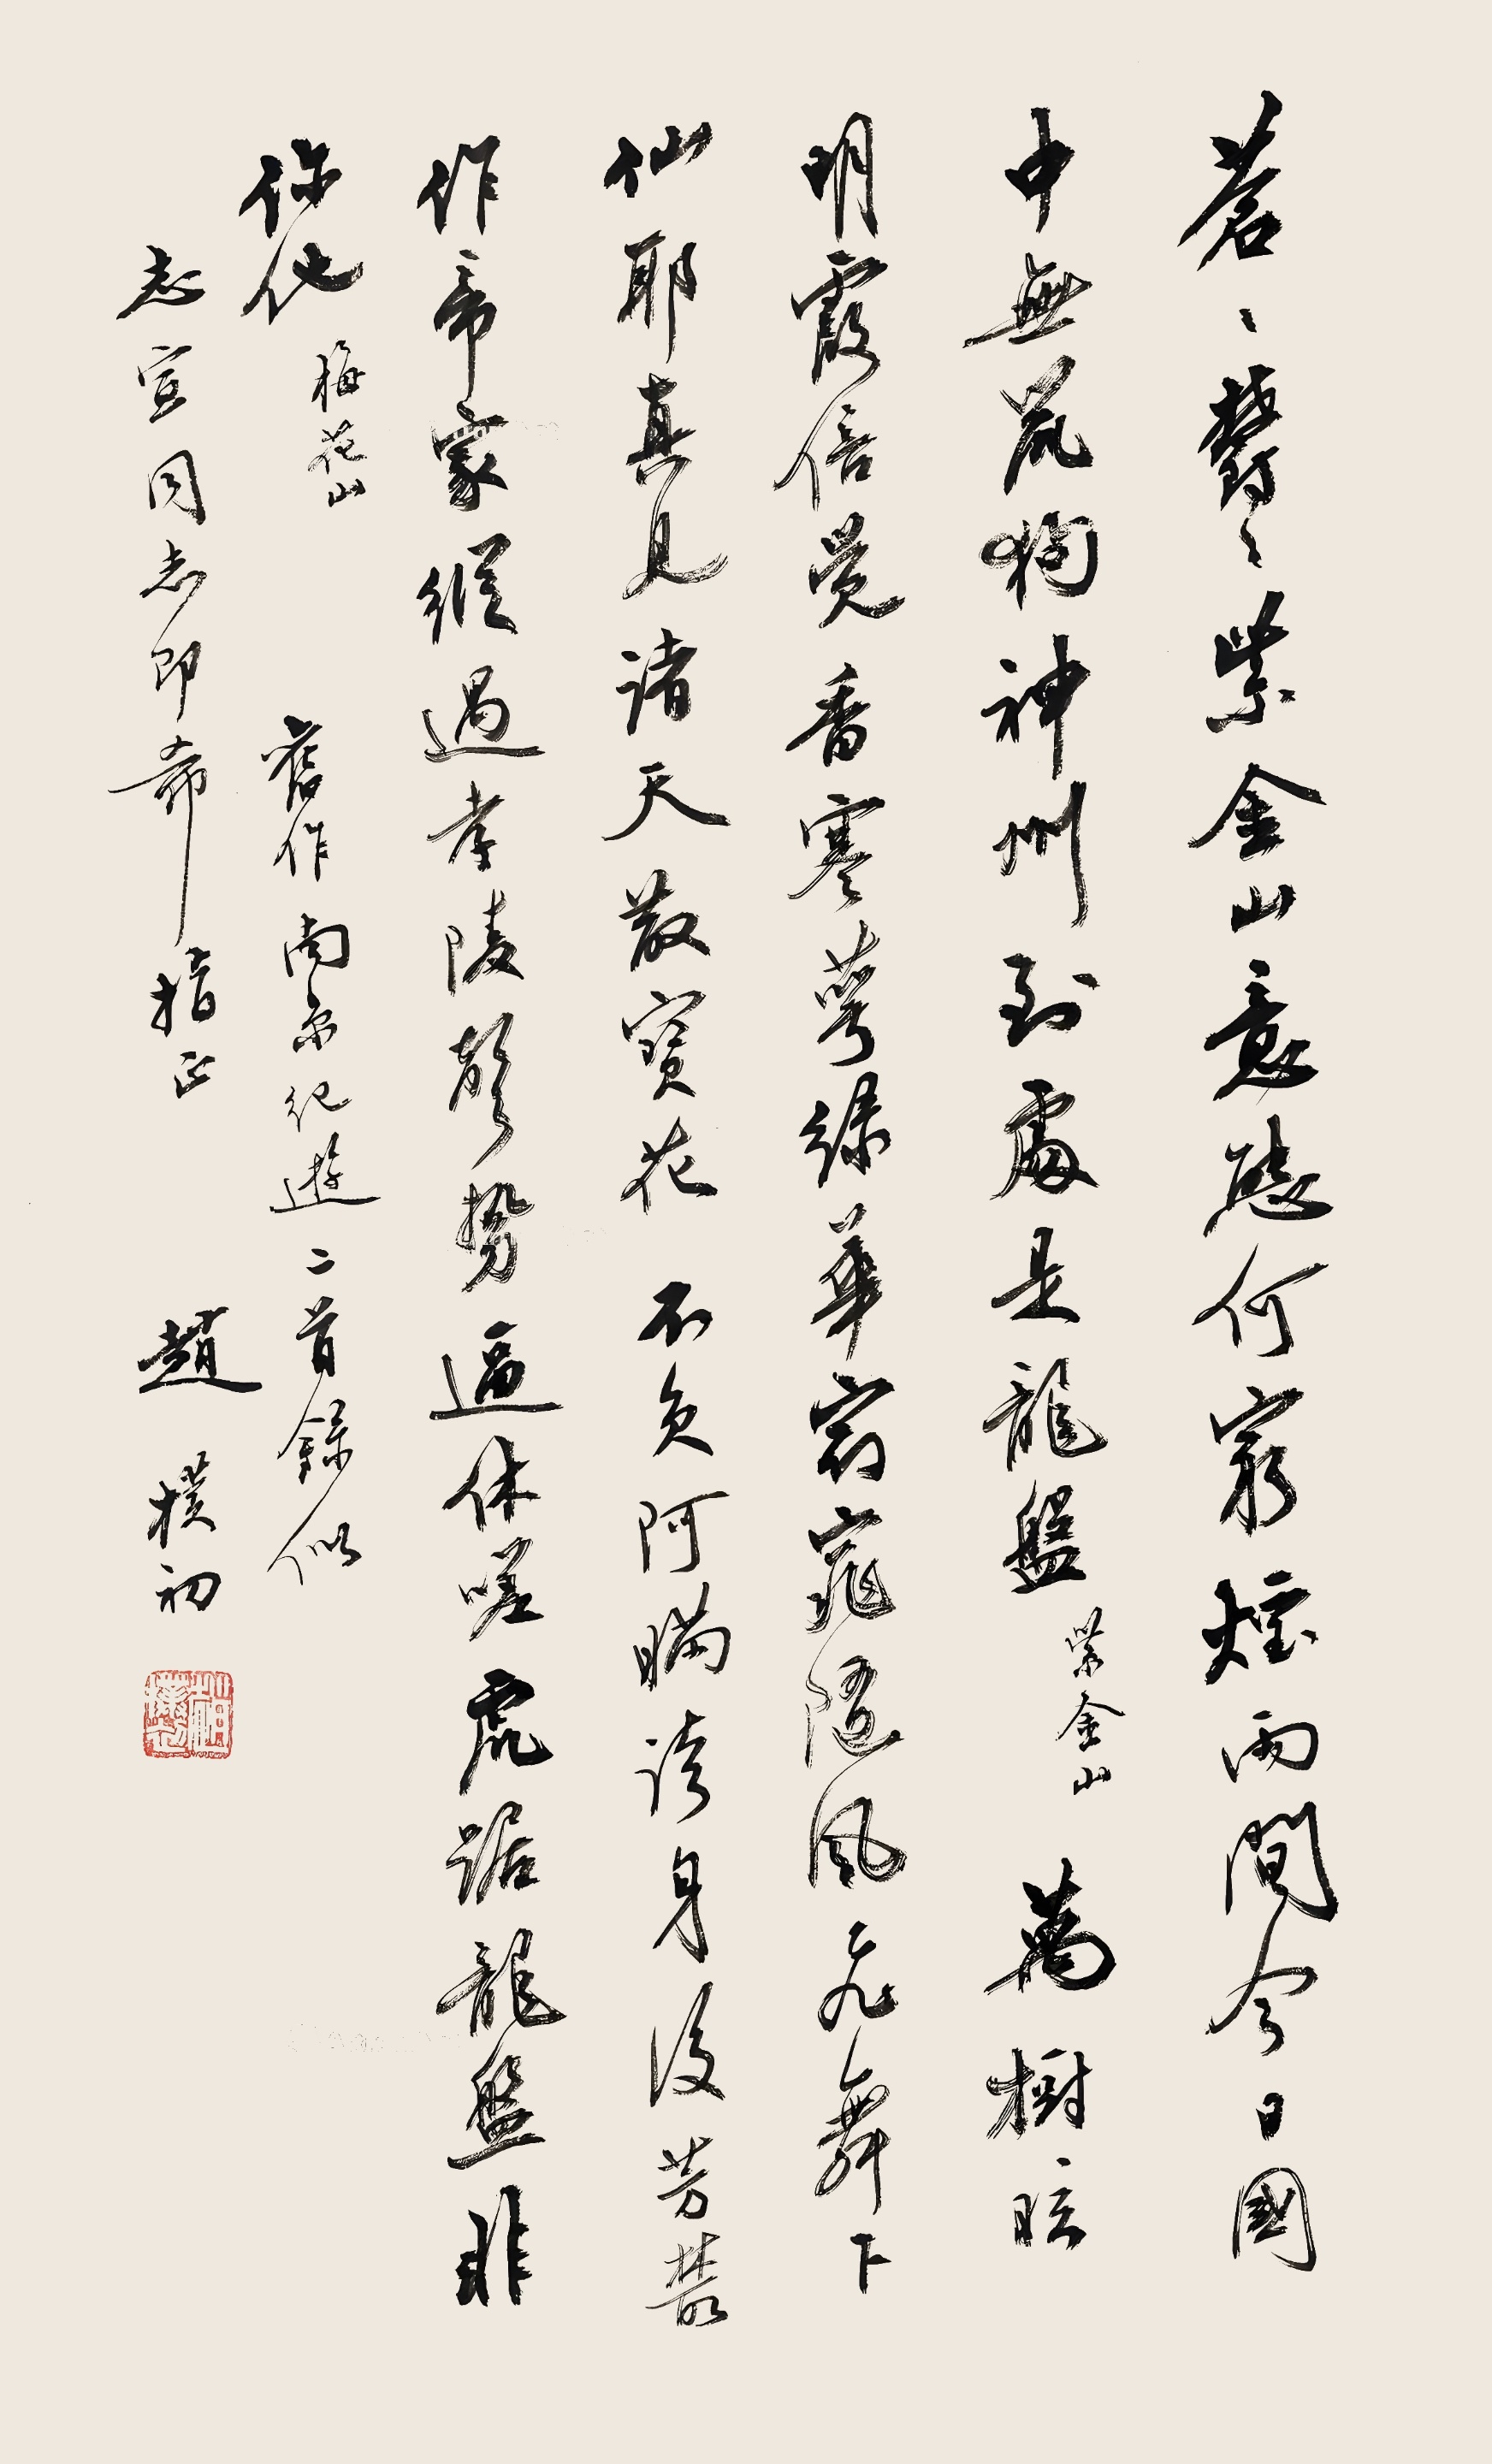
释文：苍苍郁郁紫金山，意态何家烟雨间。今日国中无鼠狗，神州到处是⻰盘。紫金山。万树眩明霞倍觉，香寒萼绿华窈窕。随⻛起舞下仙耶，真⻅诸天散宝花。不负阿瞒夸身后，芳业作帝家虽过，孝陵声势逼林嗟，⻁踞⻰盘非你他。梅花山。旧作南京纪游二首录似。志宣同志即希指正。赵朴初。